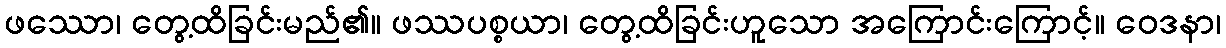
ဖဿော၊ တွေ့ထိခြင်းမည်၏။ ဖဿပစ္စယာ၊ တွေ့ထိခြင်းဟူသော အကြောင်းကြောင့်။ ဝေဒနာ၊